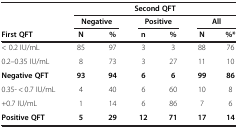
<table><thead><tr><td><b> </b></td><td colspan="6"><b>Second QFT</b></td></tr><tr><td><b> </b></td><td colspan="2"><b>Negative</b></td><td colspan="2"><b>Positive</b></td><td colspan="2"><b>All</b></td></tr></thead><tbody><tr><td><b>First QFT</b></td><td><b>N</b></td><td><b>%</b></td><td><b>n</b></td><td><b>%</b></td><td><b>N</b></td><td><b>%*</b></td></tr><tr><td>&lt; 0.2 IU/mL</td><td>85</td><td>97</td><td>3</td><td>3</td><td>88</td><td>76</td></tr><tr><td>0.2–0.35 IU/mL</td><td>8</td><td>73</td><td>3</td><td>27</td><td>11</td><td>10</td></tr><tr><td><b>Negative QFT</b></td><td><b>93</b></td><td><b>94</b></td><td><b>6</b></td><td><b>6</b></td><td><b>99</b></td><td><b>86</b></td></tr><tr><td>0.35- &lt; 0.7 IU/mL</td><td>4</td><td>40</td><td>6</td><td>60</td><td>10</td><td>8</td></tr><tr><td>+0.7 IU/mL</td><td>1</td><td>14</td><td>6</td><td>86</td><td>7</td><td>6</td></tr><tr><td><b>Positive QFT</b></td><td><b>5</b></td><td><b>29</b></td><td><b>12</b></td><td><b>71</b></td><td><b>17</b></td><td><b>14</b></td></tr></tbody></table>